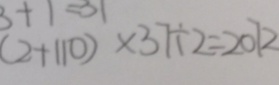
( 2 + 1 1 0 ) \times 3 7 \div 2 = 2 0 7 2